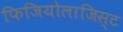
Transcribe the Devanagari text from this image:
फिजियोलाजिस्ट